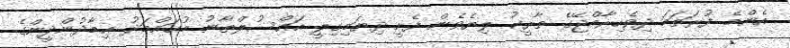
އެންމެ ފުރަތަމަ ދިވެހިރާއްޖޭގެ ތާރީޚު ލިޔެވެން ފެށީ ދިޔަމިގިލީ އައްސުލްޠާނު މުޙައްމަދު ޢިމާދުންދީންގެ